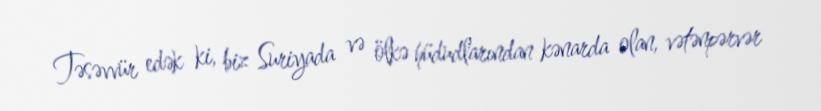
Təsəvvür edək ki, biz Suriyada və ölkə hüdudlarından kənarda olan, vətənpərvər